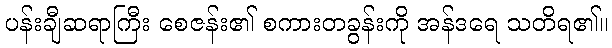
ပန်းချီဆရာကြီး စေဇန်း၏ စကားတခွန်းကို အန်ဒရေ သတိရ၏။